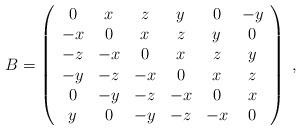
LaTeX: \begin{align*}B=\left(\begin{array}{ccccccccr}0&x&z&y&0&-y\\-x&0&x&z&y&0\\-z&-x&0&x&z&y\\-y&-z&-x&0&x&z\\0&-y&-z&-x&0&x\\y&0&-y&-z&-x&0 \end{array}\right)\;,\end{align*}